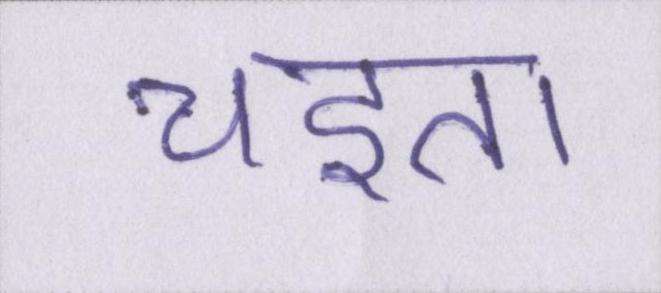
चइता